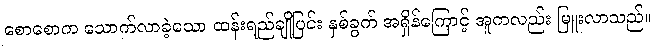
စောစောက သောက်လာခဲ့သော ထန်းရည်ချိုပြင်း နှစ်ခွက် အရှိန်ကြောင့် အူကလည်း မြူးလာသည်။